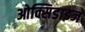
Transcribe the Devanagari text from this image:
ओक्सिडाइज